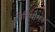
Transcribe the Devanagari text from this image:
निनियामक